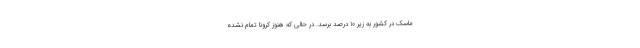
ماسک در کشور به زیر ۱۰ درصد برسد. در حالی که هنوز کرونا تمام نشده